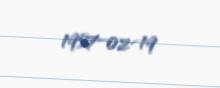
1957-02-19